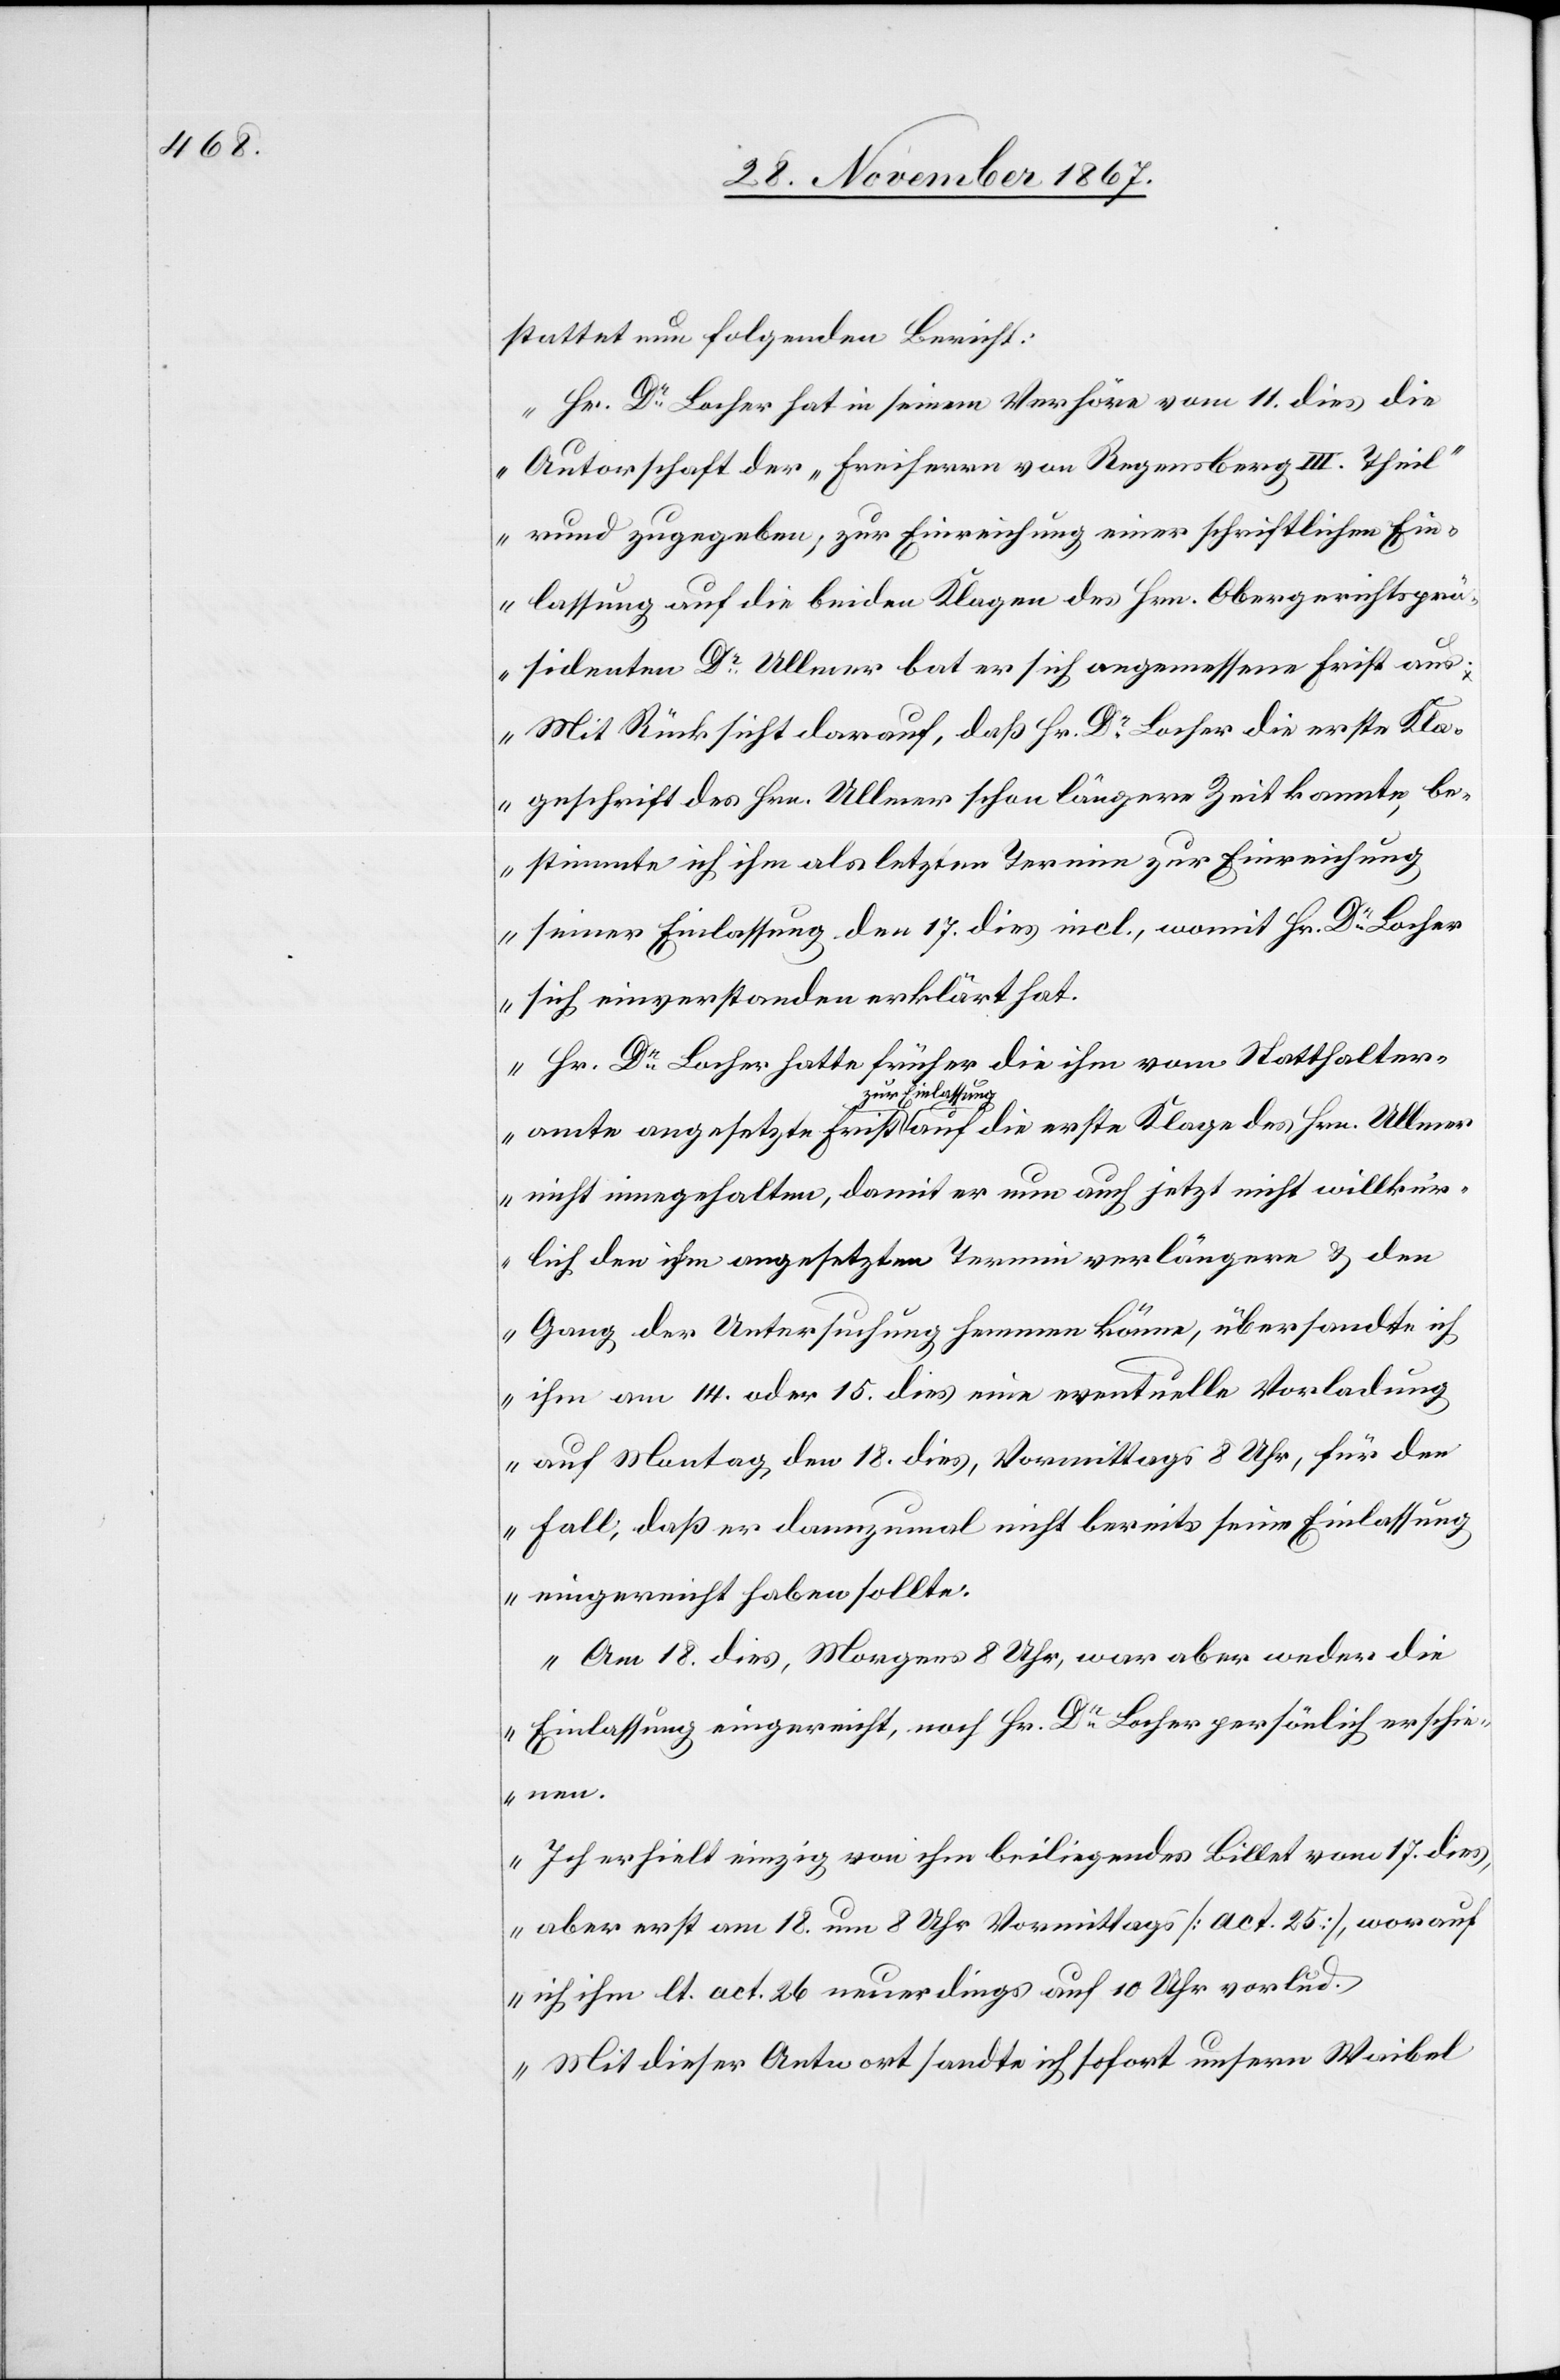
stattet nun folgenden Bericht:
„Hr. Dr. Locher hat in seinem Verhöre vom 11. dies die
Autorschaft der „Freiherrn von Regensburg III. Theil“
rund zugegeben, zur Einreichung einer schriftlichen Ein¬
lassung auf die beiden Klagen des Hrn. Obergerichtsprä¬
sidenten Dr. Ullmer bat er sich angemessene Frist aus.
Mit Rücksicht darauf, daß Hr. Dr. Locher die erste Kla¬
geschrift des Hrn. Ullmer schon längere Zeit kannte, be¬
stimmte ich ihm als letzten Termin zur Einreichung
seiner Einlassung den 17. dies incl., womit Hr. Dr. Locher
sich einverstanden erklärt hat.
Hr. Dr. Locher hatte früher die ihm vom Statthalter¬
dies,
Billet
vom
nicht eingehalten, damit er nun auch jetzt nicht willkür¬
lich den ihm angesetzten Termin verlängern u. den
Gang der Untersuchung hemmen könne, übersandte ich
ihm am 14. oder 15. dies eine eventuelle Vorladung
auf Montag, den 18. dies, Vormittags 8 Uhr, für den
Fall, daß er dannzumal nicht bereits seine Einlassung
eingereicht haben sollte.
Am 18. dies, Morgens 8 Uhr, war aber weder die
Einlassung eingereicht, noch Hr. Dr. Locher persönlich erschie¬
nen.
aber erst am 18. um 8 Uhr Vormittags [act. 25], worauf
ich ihm lt. act. 26 neuerdings auf 10 Uhr vorlud.
Mit dieser Antwort sandte ich sofort unsern Waibel